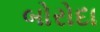
બોરોદા